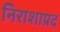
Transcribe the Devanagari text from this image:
निराशाप्रद